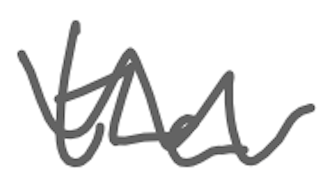
Text: the
Cross-out: wave
Writing tool: digital_gray